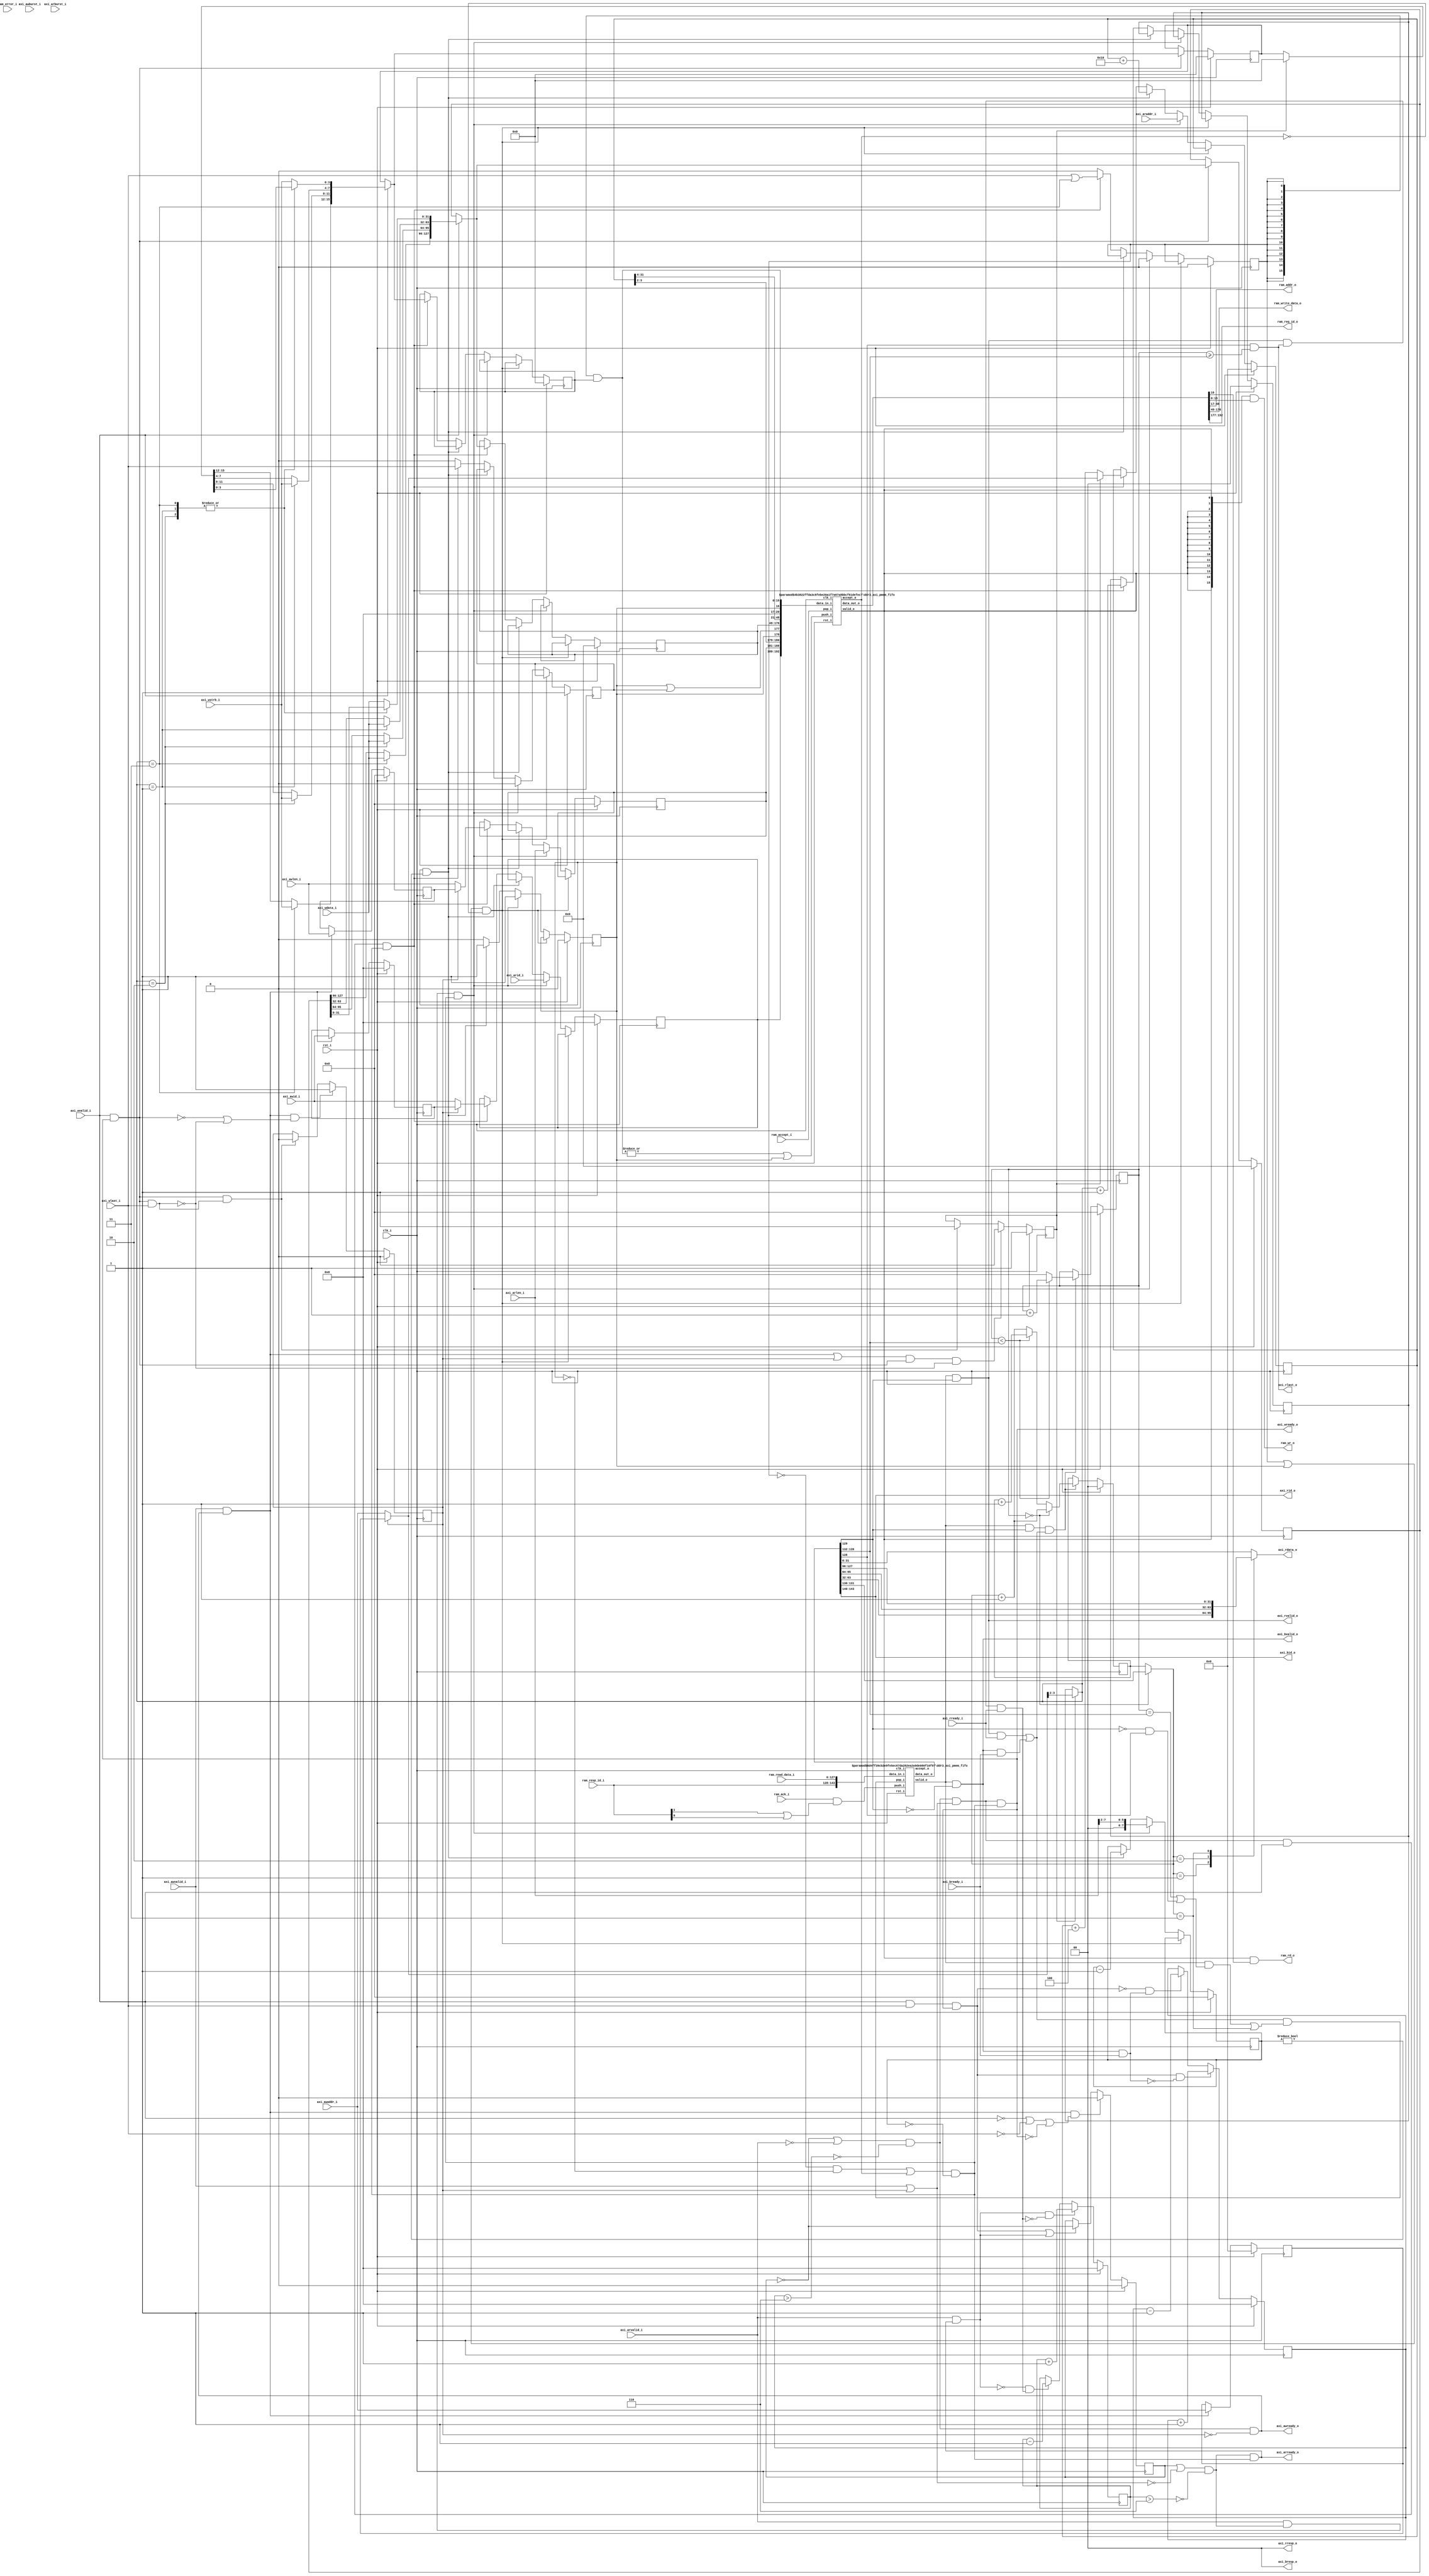
//-----------------------------------------------------------------
//              Lightweight DDR3 Memory Controller
//                            V0.5
//                     Ultra-Embedded.com
//                     Copyright 2020-21
//
//                   admin@ultra-embedded.com
//
//                     License: Apache 2.0
//-----------------------------------------------------------------
// Copyright 2020-21 Ultra-Embedded.com
// 
// Licensed under the Apache License, Version 2.0 (the "License");
// you may not use this file except in compliance with the License.
// You may obtain a copy of the License at
// 
//     http://www.apache.org/licenses/LICENSE-2.0
// 
// Unless required by applicable law or agreed to in writing, software
// distributed under the License is distributed on an "AS IS" BASIS,
// WITHOUT WARRANTIES OR CONDITIONS OF ANY KIND, either express or implied.
// See the License for the specific language governing permissions and
// limitations under the License.
//-----------------------------------------------------------------

module ddr3_axi_pmem
(
    // Inputs
     input           clk_i
    ,input           rst_i

    ,input           axi_awvalid_i
    ,input  [ 31:0]  axi_awaddr_i
    ,input  [  3:0]  axi_awid_i
    ,input  [  7:0]  axi_awlen_i
    ,input  [  1:0]  axi_awburst_i
    ,input           axi_wvalid_i
    ,input  [ 31:0]  axi_wdata_i
    ,input  [  3:0]  axi_wstrb_i
    ,input           axi_wlast_i
    ,input           axi_bready_i
    ,input           axi_arvalid_i
    ,input  [ 31:0]  axi_araddr_i
    ,input  [  3:0]  axi_arid_i
    ,input  [  7:0]  axi_arlen_i
    ,input  [  1:0]  axi_arburst_i
    ,input           axi_rready_i


    // Outputs
    ,output          axi_awready_o
    ,output          axi_wready_o
    ,output          axi_bvalid_o
    ,output [  1:0]  axi_bresp_o
    ,output [  3:0]  axi_bid_o
    ,output          axi_arready_o
    ,output          axi_rvalid_o
    ,output [ 31:0]  axi_rdata_o
    ,output [  1:0]  axi_rresp_o
    ,output [  3:0]  axi_rid_o
    ,output          axi_rlast_o


    // from core model 
    ,input           ram_accept_i
    ,input           ram_ack_i
    ,input           ram_error_i
    ,input  [ 15:0]  ram_resp_id_i
    ,input  [127:0]  ram_read_data_i

    // to  core model     
    ,output [ 15:0]  ram_wr_o
    ,output          ram_rd_o
    ,output [ 31:0]  ram_addr_o
    ,output [127:0]  ram_write_data_o
    ,output [ 15:0]  ram_req_id_o
);



//-------------------------------------------------------------
// Assertions
//-------------------------------------------------------------
localparam AXI4_BURST_FIXED = 2'd0;                             //  fifo    
localparam AXI4_BURST_INCR  = 2'd1;                             // 
localparam AXI4_BURST_WRAP  = 2'd2;                             // 

`ifdef SIMULATION
wire [31:0] awlen_ext_w   = {24'b0, axi_awlen_i};
wire [31:0] arlen_ext_w   = {24'b0, axi_arlen_i};
wire [31:0] awaddr_mask_w = ((awlen_ext_w + 1) * 4) - 1;
wire [31:0] araddr_mask_w = ((arlen_ext_w + 1) * 4) - 1;

always @ (posedge clk_i )
if (rst_i)
    ;
else 
begin
    if (axi_awvalid_i && axi_awburst_i == AXI4_BURST_FIXED)
    begin
        $display("ERROR: Fixed bursts not supported");
        $fatal;
    end
    if (axi_arvalid_i && axi_arburst_i == AXI4_BURST_FIXED)
    begin
        $display("ERROR: Fixed bursts not supported yet");
        $fatal;
    end
    if (axi_awvalid_i && axi_awlen_i != 8'd0 && ((axi_awaddr_i & awaddr_mask_w) != 32'b0))
    begin
        $display("ERROR: Non-aligned bursts not supported yet");
        $fatal;
    end
    if (axi_arvalid_i && axi_arlen_i != 8'd0 && ((axi_araddr_i & araddr_mask_w) != 32'b0))
    begin
        $display("ERROR: Non-aligned bursts not supported yet");
        $fatal;
    end
end
`endif

//-------------------------------------------------------------
// Request Counter 
//-------------------------------------------------------------
//    
reg [3:0]   read_pending_q;
reg [3:0]   read_pending_r;

wire read_incr_w = ( axi_arvalid_i && axi_arready_o );                      // 
wire read_decr_w = ( axi_rvalid_o  && axi_rlast_o && axi_rready_i);         // 

always @ *
begin
    read_pending_r = read_pending_q;

    if (read_incr_w && !read_decr_w)
        read_pending_r = read_pending_r + 4'd1;
    else if (!read_incr_w && read_decr_w)
        read_pending_r = read_pending_r - 4'd1;
end

always @ (posedge clk_i )
if (rst_i)
    read_pending_q <= 4'b0;
else 
    read_pending_q <= read_pending_r;


reg [3:0]   write_pending_q;
reg [3:0]   write_pending_r;

wire write_incr_w = (axi_wvalid_i && axi_wlast_i && axi_wready_o);
wire write_decr_w = (axi_bvalid_o && axi_bready_i);

//   
always @ *
begin
    write_pending_r = write_pending_q;

    if (write_incr_w && !write_decr_w)
        write_pending_r = write_pending_r + 4'd1;
    else if (!write_incr_w && write_decr_w)
        write_pending_r = write_pending_r - 4'd1;
end

always @ ( posedge clk_i )
if (rst_i)
    write_pending_q <= 4'b0;
else 
    write_pending_q <= write_pending_r;

//5
wire read_limit_w  = ( read_pending_q  > 4'd6  );
wire write_limit_w = ( write_pending_q > 4'd6 );

//-------------------------------------------------------------
// Read / Write arbitration 
//-------------------------------------------------------------
reg  prio_rd_q;
wire awvalid_w;
// Round robin priority between read and write
wire write_prio_w   = ~prio_rd_q || !axi_arvalid_i;
wire read_prio_w    = prio_rd_q  || !awvalid_w;

always @ (posedge clk_i )
if (rst_i)
    prio_rd_q <= 1'b0;                                                                          // 
// Start of write accepted
else if (axi_awvalid_i && axi_awready_o && (!axi_wvalid_i || !axi_wlast_i || !axi_wready_o))    // 
    prio_rd_q <= 1'b0;
// Command complete - toggle priority -
else if ((axi_wvalid_i && axi_wlast_i && axi_wready_o) || (axi_arvalid_i && axi_arready_o))     // 
    prio_rd_q <= ~prio_rd_q;

//
wire write_enable_w = write_prio_w & ~write_limit_w;
wire read_enable_w  = read_prio_w  & ~read_limit_w;

//-------------------------------------------------------------
// Write Buffer 
//-------------------------------------------------------------
reg        awvalid_q;              // 
reg [31:0] awaddr_q;               // 
reg [7:0]  awlen_q;                // 
reg [3:0]  awid_q;                 // id
reg        wfirst_q;

wire wr_cmd_accepted_w  = ( axi_awvalid_i && axi_awready_o ) || awvalid_q;                   // 
wire wr_data_accepted_w = ( axi_wvalid_i  && axi_wready_o );                                 // 
wire wr_data_last_w     = ( axi_wvalid_i  && axi_wready_o && axi_wlast_i);                   // last


// 
always @ (posedge clk_i )
if (rst_i)
    awvalid_q <= 1'b0;
else if (axi_awvalid_i && axi_awready_o && (!wr_data_accepted_w || !wr_data_last_w))        // last
    awvalid_q <= 1'b1;
else if (wr_data_accepted_w && wr_data_last_w)                                              //  last
    awvalid_q <= 1'b0;

// 
always @ (posedge clk_i )
if (rst_i)
    wfirst_q <= 1'b1;
else if (wr_cmd_accepted_w && wr_data_accepted_w && !wr_data_last_w)    // 
    wfirst_q <= 1'b0;
else if (wr_data_accepted_w && wr_data_last_w)                          // w_frist1 
    wfirst_q <= 1'b1;



// 
always @ (posedge clk_i )
if (rst_i)
begin
    awaddr_q  <= 32'b0;
    awlen_q   <= 8'b0;
    awid_q    <= 4'b0;
end
else if (axi_awvalid_i && axi_awready_o)  
begin
    awaddr_q  <= axi_awaddr_i;
    awlen_q   <= axi_awlen_i;
    awid_q    <= axi_awid_i;
end

// 
assign      awvalid_w = axi_awvalid_i | awvalid_q;                     // vaild
wire [31:0] awaddr_w  = awvalid_q ? awaddr_q : axi_awaddr_i;
wire [7:0]  awlen_w   = awvalid_q ? awlen_q  : axi_awlen_i;
wire [3:0]  awid_w    = awvalid_q ? awid_q   : axi_awid_i;


// axi 
wire   inport_accept_w;
assign axi_awready_o = write_enable_w & ~awvalid_q;                     
assign axi_wready_o  = write_enable_w & awvalid_w & inport_accept_w;   // wready 

assign axi_arready_o = read_enable_w & inport_accept_w;

//-----------------------------------------------------------------
// Valids 
//-----------------------------------------------------------------
wire write_valid_w = write_enable_w & awvalid_w & axi_wvalid_i;
wire read_valid_w  = axi_arvalid_i & read_enable_w;

//-----------------------------------------------------------------
// Request
//-----------------------------------------------------------------
reg [1:0]   wdata_idx_q;    //           
reg [127:0] wdata_q;        // 
reg [15:0]  wstrb_q;        // 
reg [7:0]   rd_remain_q;    // 

wire [1:0]  wdata_idx_w = wfirst_q ? awaddr_w[3:2] : wdata_idx_q;

reg [127:0] wdata_r;
reg [15:0]  wstrb_r;

always @ *
begin
    wdata_r = wdata_q;
    wstrb_r = wstrb_q;

    if (axi_wvalid_i)
    begin
        if (wfirst_q)
        begin
            wstrb_r = 16'b0;
        end

        case (wdata_idx_w)
        default: wdata_r[31:0]   = axi_wdata_i;
        //2'd0:    wdata_r[63:32]  = axi_wdata_i;
        2'd1:    wdata_r[63:32]  = axi_wdata_i;
        2'd2:    wdata_r[95:64]  = axi_wdata_i;
        2'd3:    wdata_r[127:96] = axi_wdata_i;
        endcase

        case (wdata_idx_w)
        default: wstrb_r[3:0]    = axi_wstrb_i;
        2'd1:    wstrb_r[7:4]    = axi_wstrb_i;
        2'd2:    wstrb_r[11:8]   = axi_wstrb_i;
        2'd3:    wstrb_r[15:12]  = axi_wstrb_i;
        endcase
    end
end

always @ (posedge clk_i )
if (rst_i)
begin
    wdata_q     <= 128'b0;
    wstrb_q     <= 16'b0;
end
else if (axi_wvalid_i && axi_wready_o)
begin
    wdata_q     <= wdata_r;
    wstrb_q     <= wstrb_r;
end


reg [31:0]  addr_q;
reg [127:0] write_data_q;
reg [15:0]  write_mask_q;
reg         wr_q;
reg         rd_q;
reg         wr_last_q;
reg [7:0]   len_q;
reg [3:0]   id_q;
wire        ram_accept_w;

always @ (posedge clk_i )
if (rst_i)
begin
    addr_q       <= 32'b0;
    wr_q         <= 1'b0;
    rd_q         <= 1'b0;
    write_data_q <= 128'b0;
    write_mask_q <= 16'b0;
    wdata_idx_q  <= 2'b0;
    rd_remain_q  <= 8'b0;
    len_q        <= 8'b0;
    id_q         <= 4'b0;
    wr_last_q    <= 1'b1;
end
else if ((wr_q || rd_q) && !ram_accept_w)
    ;
else if (read_valid_w && inport_accept_w)   // read 
begin
    addr_q      <= axi_araddr_i;
    rd_remain_q <= {2'b0, axi_arlen_i[7:2]};
    len_q       <= axi_arlen_i;
    id_q        <= axi_arid_i;
    rd_q        <= 1'b1;
    wr_q        <= 1'b0;
    wr_last_q   <= 1'b0;
end
else if (rd_q && rd_remain_q != 8'd0)                               // 324416
begin
    addr_q      <= addr_q + 32'd16;
    rd_q        <= 1'b1;
    rd_remain_q <= rd_remain_q - 8'd1;
end
else if (write_valid_w && inport_accept_w)                              // ram core 
begin
    addr_q       <=  wfirst_q ? awaddr_w : addr_q + 32'd4;            //4324
    write_data_q <=  wdata_r;
    write_mask_q <=  wstrb_r;
    wdata_idx_q  <=  wdata_idx_w + 2'd1;
    wr_q         <=  axi_wlast_i || wdata_idx_w == 2'd3;                //
    wr_last_q    <=  axi_wlast_i;
    id_q         <=  awid_w;
    len_q        <=  awlen_w;
    rd_q         <=  1'b0;
end
else
begin
    wr_q        <= 1'b0;
    rd_q        <= 1'b0;
    wr_last_q   <= 1'b0;
end

wire [15:0]  ram_wr_w         = {16{wr_q}} & write_mask_q;
wire         ram_rd_w         = rd_q;
wire [31:0]  ram_addr_w       = {addr_q[31:4], 4'b0};
wire [127:0] ram_write_data_w = write_data_q;
wire [15:0]  ram_req_id_w     = {id_q, len_q, addr_q[3:2], rd_q, rd_q | wr_last_q};         //  id     

assign inport_accept_w      = ((!wr_q && !rd_q) || ram_accept_w) && (rd_remain_q == 8'b0);    //core


//-----------------------------------------------------------------
// Request FIFO - decouple AXI logic from RAM port
//-----------------------------------------------------------------
wire        ram_rd_out_w;
wire [15:0] ram_wr_out_w;
wire        ram_valid_out_w;
  
ddr3_axi_pmem_fifo #( 
     .WIDTH(16 + 128 + 32 + 1 + 16)
    ,.DEPTH(2)
    ,.ADDR_W(1)
)
u_request
(
    .clk_i(clk_i),
    .rst_i(rst_i),

    // Input
    .data_in_i({ram_req_id_w, ram_write_data_w, ram_addr_w, ram_rd_w, ram_wr_w}),
    .push_i((|ram_wr_w) || ram_rd_w),
    .accept_o(ram_accept_w),        // fifo 

    // Output
    .pop_i(ram_accept_i),
    .data_out_o({ram_req_id_o, ram_write_data_o, ram_addr_o, ram_rd_out_w, ram_wr_out_w}),
    .valid_o(ram_valid_out_w)
);

assign ram_rd_o = ram_valid_out_w       & ram_rd_out_w;
assign ram_wr_o = {16{ram_valid_out_w}} & ram_wr_out_w;

//-----------------------------------------------------------------
// Response state  
//-----------------------------------------------------------------
wire         resp_valid_w;
wire         resp_last_w;
wire         resp_rd_w;
wire [1:0]   resp_offset_w;
wire [7:0]   resp_len_w;
wire [3:0]   resp_id_w;

wire         resp_accept_w;             //  

reg [7:0] resp_cnt_q;

// resp_len
always @ (posedge clk_i )
if (rst_i)
    resp_cnt_q <= 8'b0;
else if (resp_valid_w && resp_rd_w && resp_accept_w)
begin
    if (resp_cnt_q < resp_len_w)
        resp_cnt_q <= resp_cnt_q + 8'd1;
    else
        resp_cnt_q <= 8'b0;    
end

wire req_pop_w = resp_valid_w && ((resp_cnt_q == resp_len_w) || (!resp_rd_w && resp_last_w));

reg [1:0]  resp_idx_q;
wire [1:0] resp_idx_w = (resp_cnt_q == 8'd0) ? resp_offset_w : resp_idx_q;

always @ (posedge clk_i )
if (rst_i)
    resp_idx_q <= 2'b0;
else if (resp_valid_w && resp_rd_w && resp_accept_w)
begin
    if (resp_cnt_q == 8'd0)
        resp_idx_q <= resp_idx_w + 2'd1;
    else if (resp_cnt_q < resp_len_w)
        resp_idx_q <= resp_idx_q + 2'd1;
    else
        resp_idx_q <= resp_idx_w + 2'd1;
end

//-----------------------------------------------------------------
// Response
//-----------------------------------------------------------------
wire [127:0] resp_data_w;

ddr3_axi_pmem_fifo #( 
     .WIDTH(128 + 2 + 2 + 8 + 4)
    ,.DEPTH(8)      // TODO: Overkill
    ,.ADDR_W(3)
)
u_response
(
    .clk_i(clk_i),
    .rst_i(rst_i),

    // Input
    .data_in_i({ram_resp_id_i, ram_read_data_i}),
    .push_i(ram_ack_i & (ram_resp_id_i[1] || ram_resp_id_i[0])),
    .accept_o(),

    // Output
    .pop_i(resp_accept_w & (req_pop_w || resp_idx_w == 2'd3)),
    .data_out_o({resp_id_w, resp_len_w, resp_offset_w, resp_rd_w, resp_last_w, resp_data_w}),
    .valid_o(resp_valid_w)     //fifO 
);



//128bits AXI 32 x 4 bits
reg [31:0] resp_rdata_r;

always @ *
begin
    resp_rdata_r = 32'b0;
    case (resp_idx_w)
    default: resp_rdata_r = resp_data_w[31 :  0];
    2'd1:    resp_rdata_r = resp_data_w[63 : 32];
    2'd2:    resp_rdata_r = resp_data_w[95 : 64];
    2'd3:    resp_rdata_r = resp_data_w[127: 96];
    endcase
end



assign resp_accept_w    = (axi_rvalid_o & axi_rready_i) ||(axi_bvalid_o & axi_bready_i);



// 
assign axi_bvalid_o  = resp_valid_w & ~resp_rd_w;                   
assign axi_bresp_o   = 2'b0;
assign axi_bid_o     = resp_id_w;

// 
assign axi_rvalid_o  = resp_valid_w & resp_rd_w;
assign axi_rresp_o   = 2'b0;
assign axi_rid_o     = resp_id_w;
assign axi_rdata_o   = resp_rdata_r;
assign axi_rlast_o   = resp_last_w && (resp_cnt_q >= resp_len_w);

endmodule

//-----------------------------------------------------------------
// FIFO
//-----------------------------------------------------------------
module ddr3_axi_pmem_fifo
//-----------------------------------------------------------------
// Params
//-----------------------------------------------------------------
#(
    parameter WIDTH   = 8,
    parameter DEPTH   = 4,
    parameter ADDR_W  = 2
)
//-----------------------------------------------------------------
// Ports
//-----------------------------------------------------------------
(
    // Inputs
     input               clk_i
    ,input               rst_i
    ,input  [WIDTH-1:0]  data_in_i
    ,input               push_i
    ,input               pop_i

    // Outputs
    ,output [WIDTH-1:0]  data_out_o
    ,output              accept_o
    ,output              valid_o
);

//-----------------------------------------------------------------
// Local Params
//-----------------------------------------------------------------
localparam COUNT_W = ADDR_W + 1;

//-----------------------------------------------------------------
// Registers
//-----------------------------------------------------------------
reg [WIDTH-1:0]         ram [DEPTH-1:0];
reg [ADDR_W-1:0]        rd_ptr;
reg [ADDR_W-1:0]        wr_ptr;
reg [COUNT_W-1:0]       count;

//-----------------------------------------------------------------
// Sequential
//-----------------------------------------------------------------
always @ (posedge clk_i )
if (rst_i)
begin
    count   <= {(COUNT_W) {1'b0}};
    rd_ptr  <= {(ADDR_W) {1'b0}};
    wr_ptr  <= {(ADDR_W) {1'b0}};
end
else
begin
    // Push
    if (push_i & accept_o)
    begin
        ram[wr_ptr] <= data_in_i;
        wr_ptr      <= wr_ptr + 1;
    end

    // Pop
    if (pop_i & valid_o)
        rd_ptr      <= rd_ptr + 1;

    // Count up
    if ((push_i & accept_o) & ~(pop_i & valid_o))
        count <= count + 1;
    // Count down
    else if (~(push_i & accept_o) & (pop_i & valid_o))
        count <= count - 1;
end

//-------------------------------------------------------------------
// Combinatorial
//-------------------------------------------------------------------
/* verilator lint_off WIDTH */
assign accept_o   = (count != DEPTH);
assign valid_o    = (count != 0);
/* verilator lint_on WIDTH */

assign data_out_o = ram[rd_ptr];



endmodule